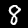
Digit: 8